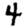
Digit: 4